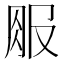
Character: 𱼃